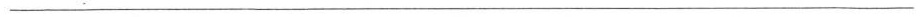
___